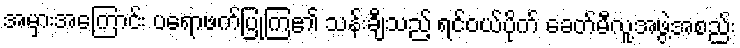
အမှားအကြောင်း ပရောဖက်ပြုကြ၏ သန်းချီသည့် ရင်ဝယ်ပိုက် ခေတ်မီလူ့အဖွဲ့အစည်း